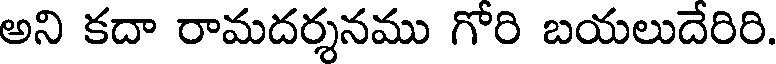
అని కదా రామదర్శనము గోరి బయలుదేరిరి.